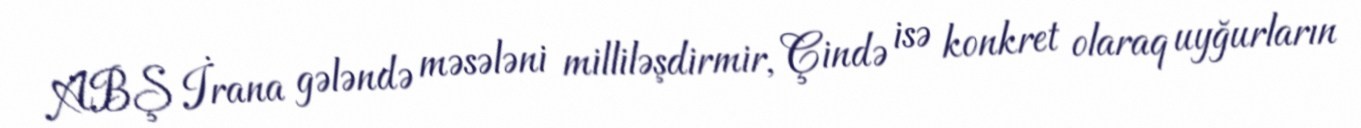
ABŞ İrana gələndə məsələni milliləşdirmir, Çində isə konkret olaraq uyğurların